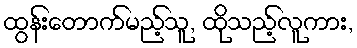
ထွန်းတောက်မည့်သူ, ထိုသည့်လူကား,